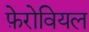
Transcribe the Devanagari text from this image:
फ़ेरोवियल